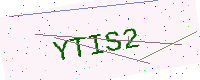
Text: YTIS2